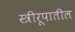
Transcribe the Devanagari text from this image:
स्त्रीरूपातील